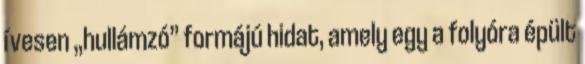
ívesen „hullámzó” formájú hidat, amely egy a folyóra épült